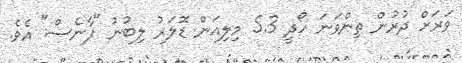
ވަރަށް ދުރުން ތިންވަނަ ހޯދީ 5.3 މިލިއަން ޑޮލަރު ލިބުނު "ފާނެސް" އެވެ.